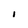
Character: I